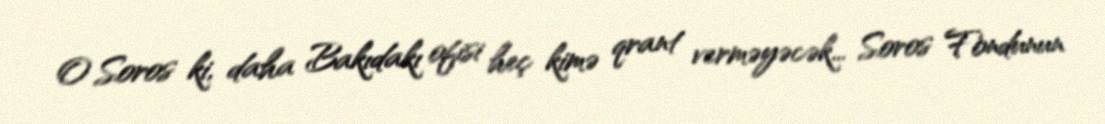
O Soros ki, daha Bakıdakı ofisi heç kimə qrant verməyəcək... Soros Fondunun